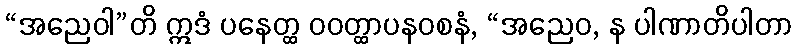
“အညေဝါ”တိ ဣဒံ ပနေတ္ထ ဝဝတ္ထာပနဝစနံ, “အညေဝ, န ပါဏာတိပါတာ